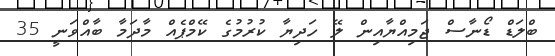
ބްލަޑް ޑޯނާސް ޖަމިއްޔާއިން ލޭ ހަދިޔާ ކުރުމުގެ ކޭމްޕެއް މާދަމާ ބާއްވަނީ 35